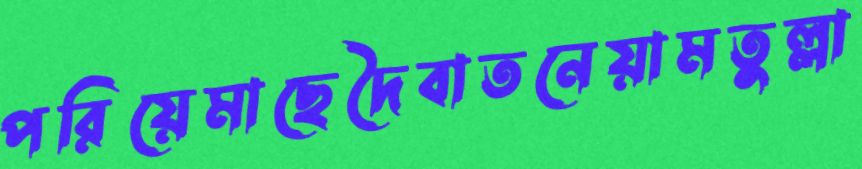
পরিয়েমাছেদৈবাতনেয়ামতুল্লা